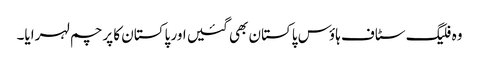
وہ فلیگ سٹاف ہاؤس پاکستان بھی گئیں اور پاکستان کا پرچم لہرایا۔